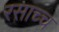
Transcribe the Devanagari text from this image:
रसाच्च